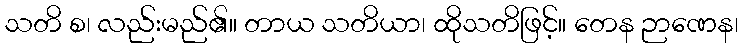
သတိ စ၊ လည်းမည်၏။ တာယ သတိယာ၊ ထိုသတိဖြင့်။ တေန ဉာဏေန၊